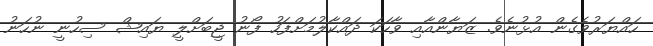
ހައްޔަރުވެގެން އުޅުނެވެ. ޒަޔާންއާއި ވާހަކަ ދައްކާލުމަށްފަހު ފޯނު ޖީބަށްލީ ޔައިޝް ސިހުނީ ނުހަނު